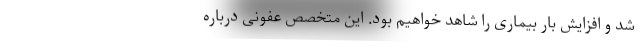
شد و افزایش بار بیماری را شاهد خواهیم بود. این متخصص عفونی درباره